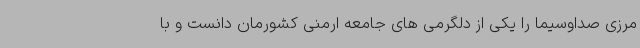
مرزی صداوسیما را یکی از دلگرمی های جامعه ارمنی کشورمان دانست و با